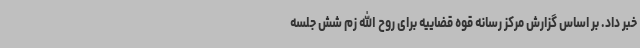
خبر داد. بر اساس گزارش مرکز رسانه قوه قضاییه برای روح الله زم شش جلسه